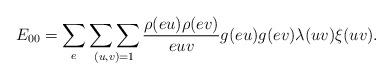
LaTeX: \begin{align*} E_{00}=\sum_e\mathop{\sum\sum}_{(u,v)=1}\frac{\rho(eu)\rho(ev)}{euv} g(eu)g(ev)\lambda(uv)\xi(uv).\end{align*}